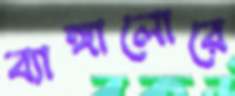
ব্যাঙ্গালোরে